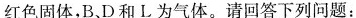
红色固体，B，D和L为气体。请回答下列问题：